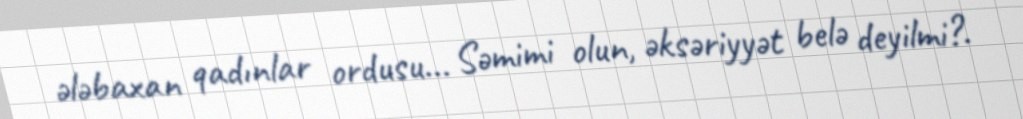
ələbaxan qadınlar ordusu... Səmimi olun, əksəriyyət belə deyilmi?.